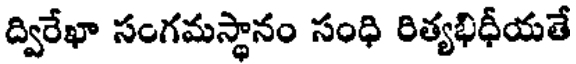
ద్విరేఖా సంగమస్థానం సంధి రిత్యభిధీయతే